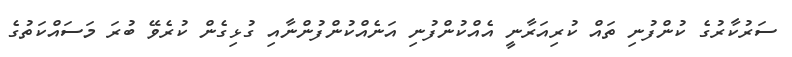
ސަރުކާރުގެ ކުންފުނި ތައް ކުރިއަރާނީ އެއްކުންފުނި އަނެއްކުންފުންނާއި ގުޅިގެން ކުރެވޭ ބުރަ މަސައްކަތުގެ